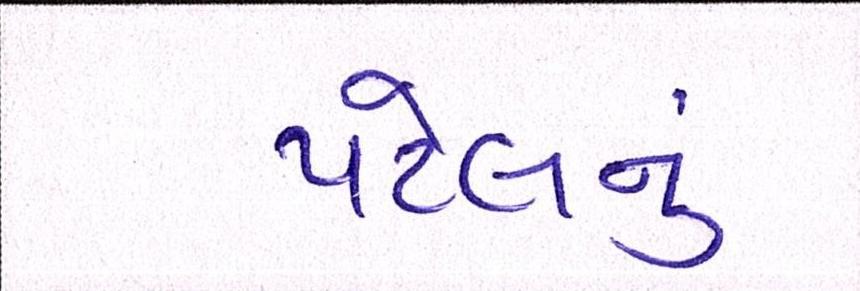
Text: પટેલનું